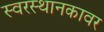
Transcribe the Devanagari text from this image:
स्वरस्थानकावर